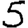
Digit: 5